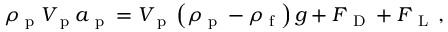
\rho _ { \textup { p } } V _ { \textup { p } } \boldsymbol { a } _ { \textup { p } } = V _ { \textup { p } } \left( \rho _ { \textup { p } } - \rho _ { \textup { f } } \right) \boldsymbol { g } + \boldsymbol { F } _ { \textup { D } } + \boldsymbol { F } _ { \textup { L } } \, ,